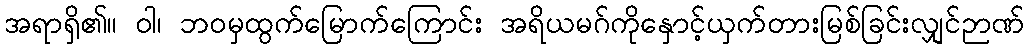
အရာရှိ၏။ ဝါ၊ ဘဝမှထွက်မြောက်ကြောင်း အရိယမဂ်ကိုနှောင့်ယှက်တားမြစ်ခြင်းလျှင်ဉာဏ်